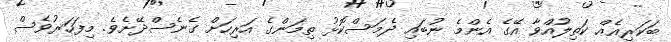
ބަކަރިއެއް ކަތިލުއްވާ އޭގެ އެންމެ ނުބައި ދެމަސްކޮޅު ތިމަންގެ އަރިހަށް ގެނެސްދޭށެވެ. މިފަހަރުވެސް